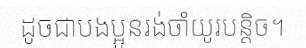
ដូចជាបងប្អូនរង់ចាំយូរបន្តិច។